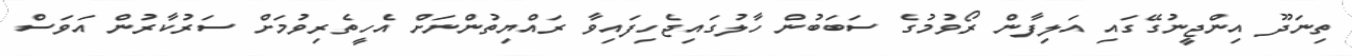
ތިނަދޫ އިންޖީނުގޭގައި އަލިފާން ރޯވުމުގެ ސަބަބުން ހާލުގައިޖެހިފައިވާ ރައްޔިތުންނަށް އެހީތެރިވުމަށް ސަރުކާރުން އަވަސް